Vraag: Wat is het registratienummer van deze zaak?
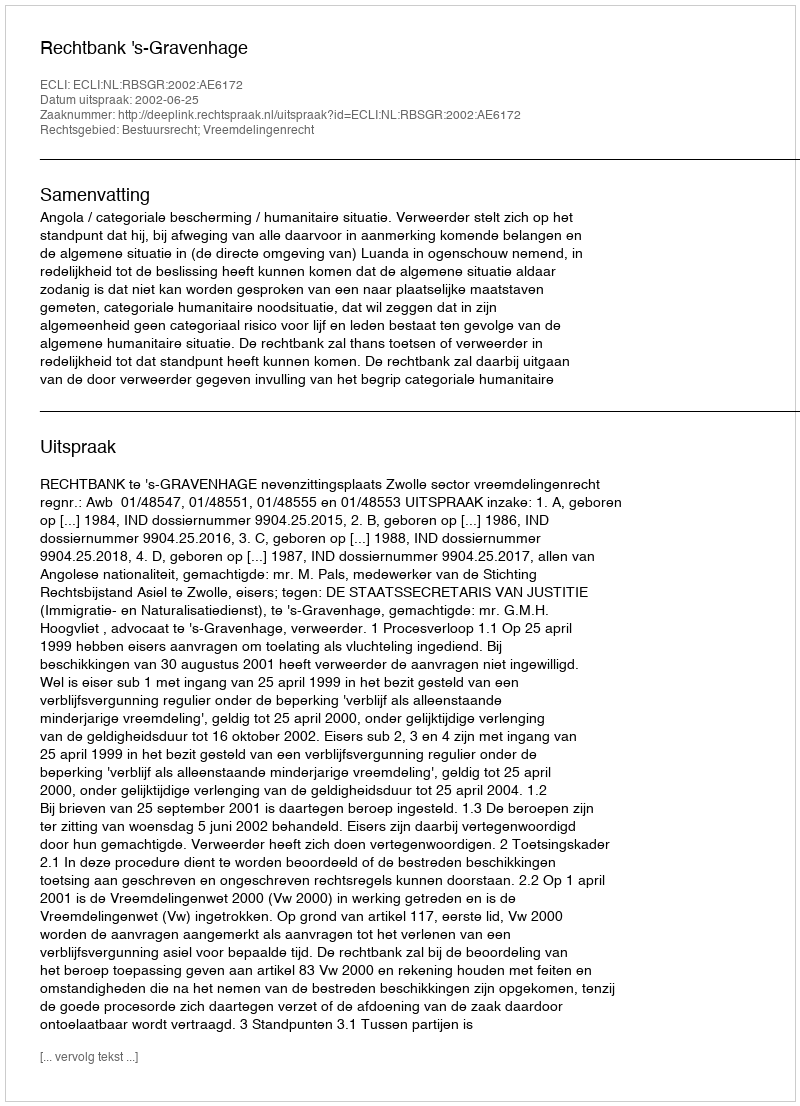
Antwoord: http://deeplink.rechtspraak.nl/uitspraak?id=ECLI:NL:RBSGR:2002:AE6172